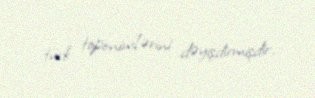
türk toponimlərini dəyişdirmişdir.